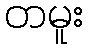
တမူး